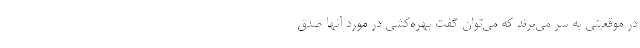
در موقعیتی به سر می‌برند که می‌توان گفت بهره‌کشی در مورد آنها صدق